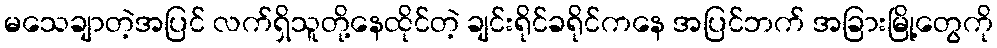
မသေချာတဲ့အပြင် လက်ရှိသူတို့နေထိုင်တဲ့ ချင်းရိုင်ခရိုင်ကနေ အပြင်ဘက် အခြားမြို့တွေကို